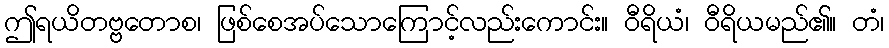
ဤရယိတဗ္ဗတောစ၊ ဖြစ်စေအပ်သောကြောင့်လည်းကောင်း။ ဝီရိယံ၊ ဝီရိယမည်၏။ တံ၊